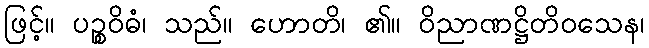
ဖြင့်။ ပဉ္စဝိဓံ၊ သည်။ ဟောတိ၊ ၏။ ဝိညာဏဋ္ဌိတိဝသေန၊